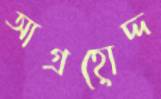
আগ্রহোদ্দ